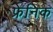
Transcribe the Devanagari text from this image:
फ्रेनिक